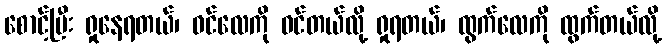
စောင့်ပြီး ရှုနေရတယ်၊ ဝင်လေကို ဝင်တယ်လို့ ရှုရတယ်၊ ထွက်လေကို ထွက်တယ်လို့